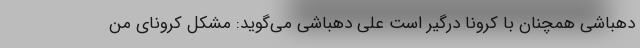
دهباشی همچنان با کرونا درگیر است علی دهباشی می‌گوید: مشکل کرونای من